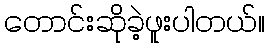
တောင်းဆိုခဲ့ဖူးပါတယ်။